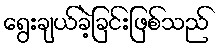
ရွေးချယ်ခဲ့ခြင်းဖြစ်သည်